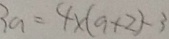
3 a = 4 \times ( a + 2 ) - 3